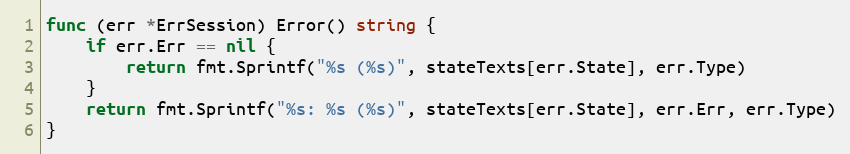
Language: Go
func (err *ErrSession) Error() string {
	if err.Err == nil {
		return fmt.Sprintf("%s (%s)", stateTexts[err.State], err.Type)
	}
	return fmt.Sprintf("%s: %s (%s)", stateTexts[err.State], err.Err, err.Type)
}